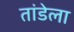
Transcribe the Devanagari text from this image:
तांडेला